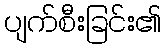
ပျက်စီးခြင်း၏